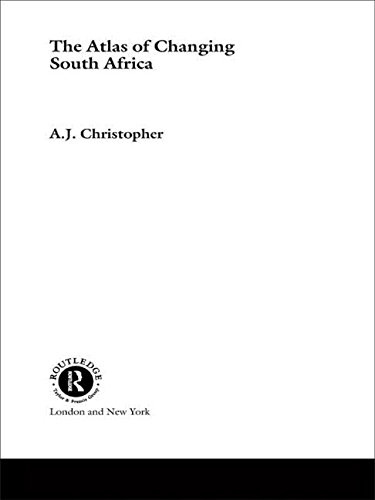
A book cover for The Atlas of Changing South Africa; A.J. Christopher; Travel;